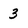
Character: 3